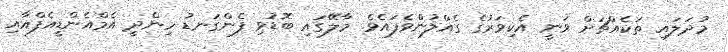
މުދަލައި ތަކެއްޗަށް ވަނީ އެކިވަރުގެ ގެއްލުންވެފައެވެ. މާލޭގައި ބޮޑުވި ފެންގަނޑު ހިންދީ އެމްއެންޑީއެފްއާއި